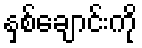
နှစ်ချောင်းကို